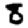
Digit: 8